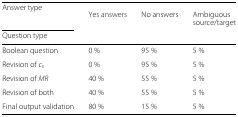
<table><thead><tr><td><b>Answer type</b></td><td><b>Yes answers</b></td><td><b>No answers</b></td><td><b>Ambiguous</b></td></tr><tr><td></td><td></td><td></td><td><b>source/target</b></td></tr><tr><td><b>Question type</b></td><td></td><td></td><td></td></tr></thead><tbody><tr><td>Boolean question</td><td>0 %</td><td>95 %</td><td>5 %</td></tr><tr><td>Revision of <i>c</i><sub><i>s</i></sub></td><td>0 %</td><td>95 %</td><td>5 %</td></tr><tr><td>Revision of <i>MR</i></td><td>40 %</td><td>55 %</td><td>5 %</td></tr><tr><td>Revision of both</td><td>40 %</td><td>55 %</td><td>5 %</td></tr><tr><td>Final output validation</td><td>80 %</td><td>15 %</td><td>5 %</td></tr></tbody></table>